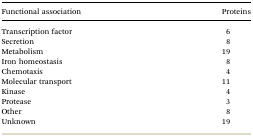
<table><thead><tr><td><b>Functional association</b></td><td><b>Proteins</b></td></tr></thead><tbody><tr><td>Transcription factor</td><td>6</td></tr><tr><td>Secretion</td><td>8</td></tr><tr><td>Metabolism</td><td>19</td></tr><tr><td>Iron homeostasis</td><td>8</td></tr><tr><td>Chemotaxis</td><td>4</td></tr><tr><td>Molecular transport</td><td>11</td></tr><tr><td>Kinase</td><td>4</td></tr><tr><td>Protease</td><td>3</td></tr><tr><td>Other</td><td>8</td></tr><tr><td>Unknown</td><td>19</td></tr></tbody></table>